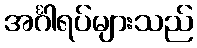
အင်္ဂါရပ်များသည်